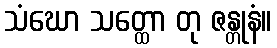
သံဃော သတ္ထော တု ဇန္တုနံ။